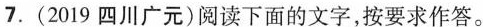
7.(2019四川广元)阅读下面的文字，按要求作答。